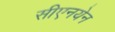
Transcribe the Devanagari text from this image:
सीएनयेन